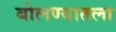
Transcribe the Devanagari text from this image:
बोलण्यातला